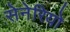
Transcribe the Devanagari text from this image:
सेनेरियो